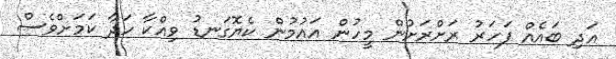
އަދި ބައެއް ފަހަރު ރަށްރަށުން މީހުން އައުމުން ކެޔޮގަނޑު ވިއްކާ ހަދާ ކަަމަށްވެސް